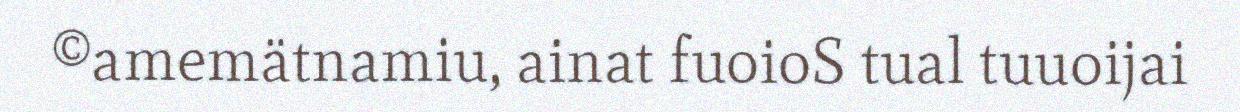
©amemätnamiu, ainat fuoioS tual tuuoijai